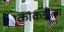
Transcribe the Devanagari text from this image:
काकडीला